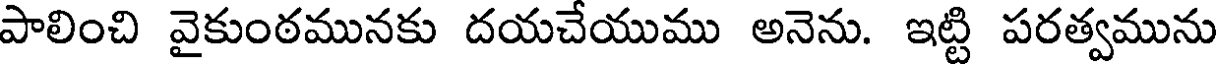
పాలించి వైకుంఠమునకు దయచేయుము అనెను. ఇట్టి పరత్వమును